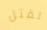
لقتل